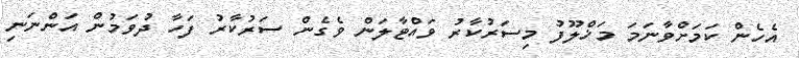
އެހެން ކަމަށްވާނަމަ މަޚްލޫފު މިސަރުކާރު ވައްޓާލަން ވެގެން ސަރުކާރު ފަހާ ދުވަމުން އަންނަނި